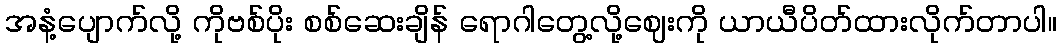
အနံ့ပျောက်လို့ ကိုဗစ်ပိုး စစ်ဆေးချိန် ရောဂါတွေ့လို့ဈေးကို ယာယီပိတ်ထားလိုက်တာပါ။